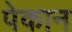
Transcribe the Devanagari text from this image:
पेकान